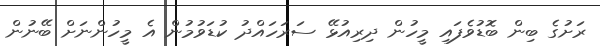
ރަށުގެ ބިން ބޮޑުވެފައި މީހުން ދިރިއުޅޭ ސަރަހައްދު ކުޑަވުމުން އެ މީހުންނަށް ބޭނުން